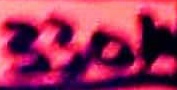
Text: 330K